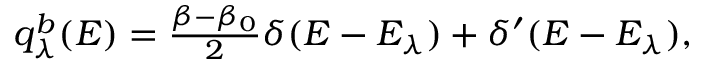
\begin{array} { r } { q _ { \lambda } ^ { b } ( E ) = \frac { \beta - \beta _ { 0 } } { 2 } \delta ( E - E _ { \lambda } ) + \delta ^ { \prime } ( E - E _ { \lambda } ) , } \end{array}